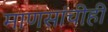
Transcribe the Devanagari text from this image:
माणसांचीही